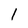
Character: l